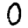
Digit: 0